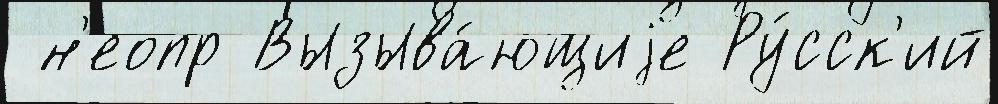
 н'еопр Вызыва́ющиjе Ру́сск'ий